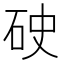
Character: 𥑏